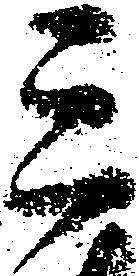
三